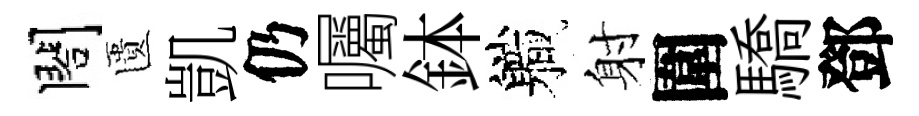
閤匱凱仍囑鉢軄射圍驕鄧